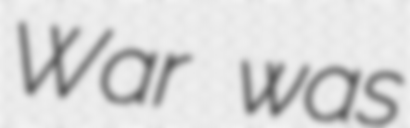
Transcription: War was